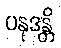
ပနုဒန္တိ